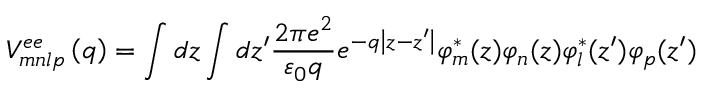
V _ { m n l p } ^ { e e } \left( q \right) = \int { d z \int { d z { ' } \frac { 2 \pi e ^ { 2 } } { { \varepsilon } _ { 0 } q } e ^ { - q \left| z - z { ' } \right| } { \varphi } _ { m } ^ { * } ( z ) } } { \varphi } _ { n } ( z ) { \varphi } _ { l } ^ { * } ( z { ' } ) { \varphi } _ { p } ( z { ' } )